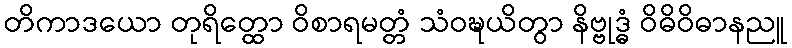
တိကာဒယော တုရိတ္ထော ဝိစာရမတ္တံ သံဝဍ္ဎယိတွာ နိဗ္ဗုဒ္ဓံ ဝိဓိဝိဓာနညူ